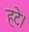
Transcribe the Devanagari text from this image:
हटे।